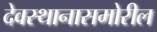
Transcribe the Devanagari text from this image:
देवस्थानासमोरील